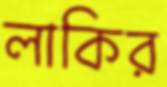
লাকির